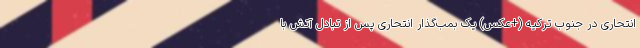
انتحاری در جنوب ترکیه (+عکس) یک بمب‌گذار انتحاری پس از تبادل آتش با